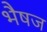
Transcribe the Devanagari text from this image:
भैषज